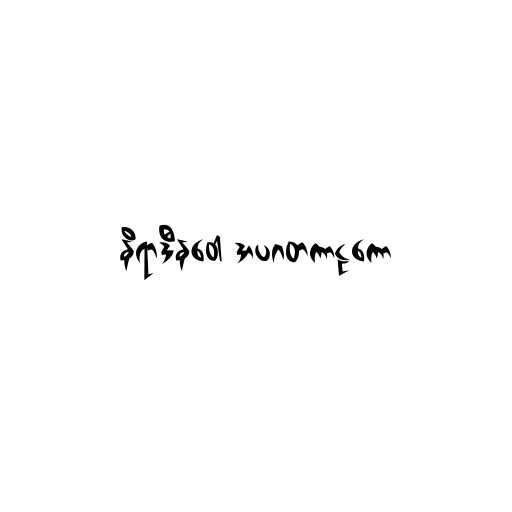
နိရာဒီနဝေါ အပဂတကာဠကော